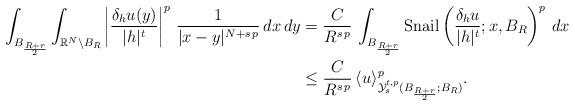
LaTeX: \begin{align*}\int_{B_{\frac{R+r}{2}}}\int_{\mathbb{R}^N\setminus B_R}\left|\frac{\delta_h u(y)}{|h|^t}\right|^{p}\,\frac{1}{|x-y|^{N+s\,p}}\,dx\,dy&=\frac{C}{R^{s\,p}}\,\int_{B_\frac{R+r}{2}} \mathrm{Snail}\left(\frac{\delta_h u}{|h|^t};x,B_R\right)^p\,dx\\&\le\frac{C}{R^{s\,p}}\,\langle u\rangle^p_{\mathcal{Y}^{t,p}_s(B_\frac{R+r}{2};B_R)}.\end{align*}